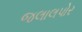
જલાલપોર